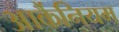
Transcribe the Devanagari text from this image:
आर्कैनियम